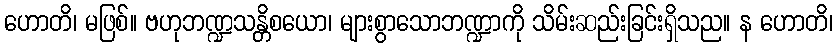
ဟောတိ၊ မဖြစ်။ ဗဟုဘဏ္ဍသန္တိစယော၊ များစွာသောဘဏ္ဍာကို သိမ်းဆည်းခြင်းရှိသည။ န ဟောတိ၊